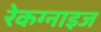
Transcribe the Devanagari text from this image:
रेकग्नाइज